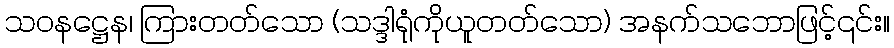
သဝနဋ္ဌေန၊ ကြားတတ်သော (သဒ္ဒါရုံကိုယူတတ်သော) အနက်သဘောဖြင့်၎င်း။